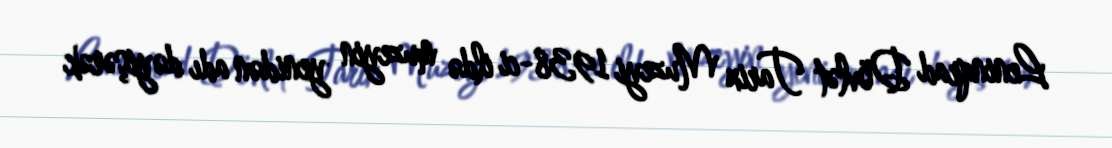
Leninqrad Dövlət Tarix Muzeyi 1938-ci ildə muzeyin yenidən adı dəyişərək